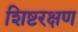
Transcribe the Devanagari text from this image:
शिष्टरक्षण